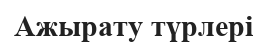
Ажырату түрлері